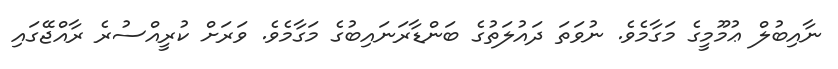
ނާއިބުލް ޢުމޫމީގެ މަގާމެވެ. ނުވަތަ ދައުލަތުގެ ބަންޑާރަނައިބުގެ މަގާމެވެ. ވަރަށް ކުރީއްސުރެ ރާއްޖޭގައި